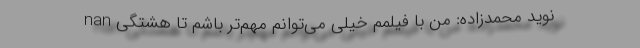
nan نوید محمدزاده: من با فیلمم خیلی می‌توانم مهم‌تر باشم تا هشتگی